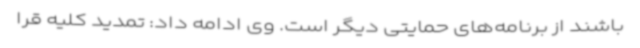
باشند از برنامه‌های حمایتی دیگر است. وی ادامه داد: تمدید کلیه قرا